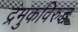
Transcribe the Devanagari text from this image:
द्रमुकविरुद्ध